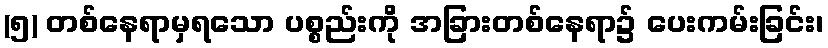
(၅) တစ်နေရာမှရသော ပစ္စည်းကို အခြားတစ်နေရာ၌ ပေးကမ်းခြင်း၊